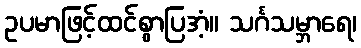
ဥပမာဖြင့်ထင်စွာပြအံ့။ သင်္ဂသမ္ဘာရေ၊